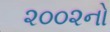
૨૦૦૨નો